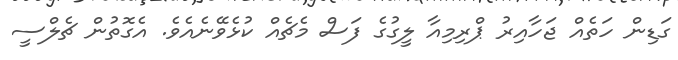
ގަޑިން ހަތެއް ޖަހާއިރު ޕްރިމިއާ ލީގުގެ ފަސް މެޗެއް ކުޅެވޭނެއެވެ. އެގޮތުން ޗެލްސީ